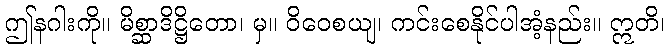
ဤနဂါးကို။ မိစ္ဆာဒိဋ္ဌိတော၊ မှ။ ဝိဝေစယျ၊ ကင်းစေနိုင်ပါအံ့နည်း။ ဣတိ၊